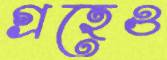
গ্রহেও